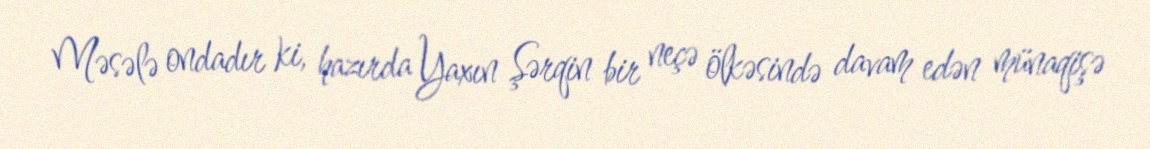
Məsələ ondadır ki, hazırda Yaxın Şərqin bir neçə ölkəsində davam edən münaqişə